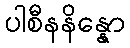
ပါစီနနိန္နော